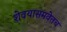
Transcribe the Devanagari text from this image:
शेवयासमवेतच